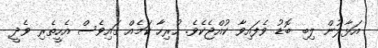
އަޅާލުން ލިބި ބޮޑު ވެފައިވާ ކުއްޖެކެވެ. ހުރިހާ ކަމެއް ގައިވެސް އެހީތެރި ވެދީ